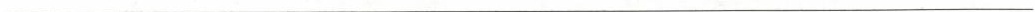
___